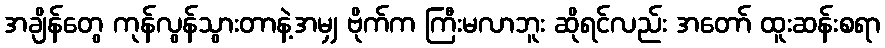
အချိန်တွေ ကုန်လွန်သွားတာနဲ့အမျှ ဗိုက်က ကြီးမလာဘူး ဆိုရင်လည်း အတော် ထူးဆန်းစရာ